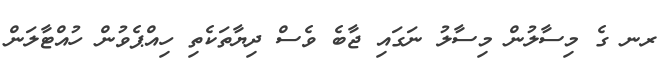
ރނ ގެ މިސާލުން މިސާލު ނަގައި ޖާބެ ވެސް ދިޔާތަކެތި ހިއްޕެވުން ހުއްޓާލަން